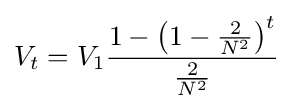
V_{t}=V_{1}{\frac {1-\left(1-{\frac {2}{N^{2}}}\right)^{t}}{\frac {2}{N^{2}}}}